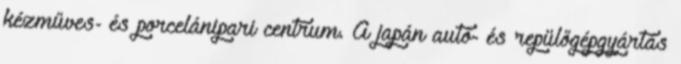
kézműves- és porcelánipari centrum. A japán autó- és repülőgépgyártás